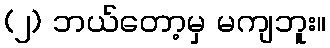
(၂) ဘယ်တော့မှ မကျဘူး။